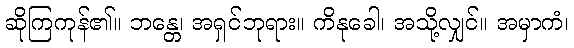
ဆိုကြကုန်၏။ ဘန္တေ၊ အရှင်ဘုရား။ ကိနုခေါ၊ အသို့လျှင်။ အမှာကံ၊